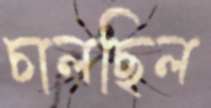
চালছিল